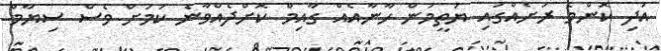
އަދި ކޮންމެ ރަށެއްގައި ޔަތީމުން ހާނާއެއް ގާއިމް ކޮށްދެއްވާނެ ކަމަށް ވެސް ސިޔާމް